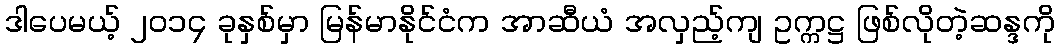
ဒါပေမယ့် ၂၀၁၄ ခုနှစ်မှာ မြန်မာနိုင်ငံက အာဆီယံ အလှည့်ကျ ဥက္ကဋ္ဌ ဖြစ်လိုတဲ့ဆန္ဒကို